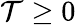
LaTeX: \mathcal{T}\geq0